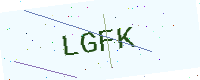
Text: LGFK